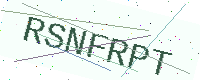
Text: RSNFRPT